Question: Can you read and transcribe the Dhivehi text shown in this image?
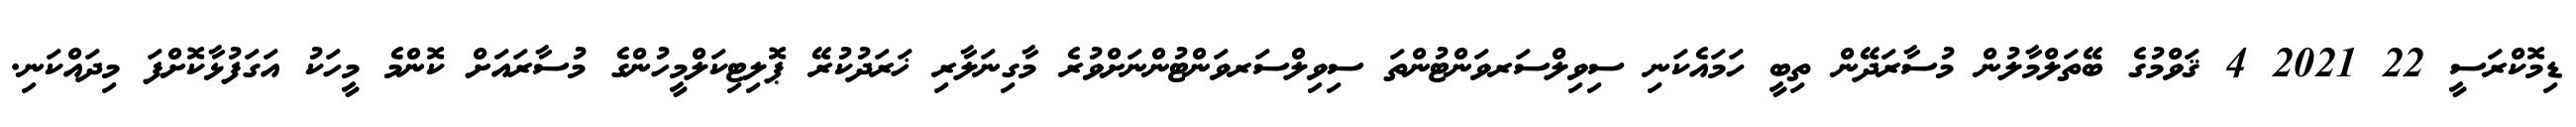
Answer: ޑިމޮކްރަސީ 22 2021 4 ޤަވްމުގެ ބޭތަލްމާލުން މުސާރަދޭން ތިބީ ހަމައެކަނި ސިވިލްސަރވަންޓުންތަ ސިވިލްސަރވަންޓުންނަށްވުރެ މާގިނަލާރި ޚަރަދުކުރޭ ޕޮލިޓިކަލްމީހުންގެ މުސާރައަށް ކޮންމެ މީހަކު އަގަފުޅާކޮށްފަ މިދައްކަނި.